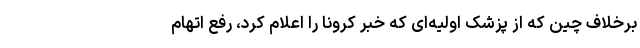
برخلاف چین که از پزشک اولیه‌ای که خبر کرونا را اعلام کرد، رفع اتهام